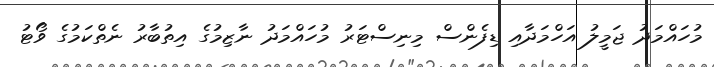
މުހައްމަދު ޖަމީލު އަހްމަދާއި ޑިފެންސް މިނިސްޓަރު މުހައްމަދު ނާޒިމުގެ އިތުބާރު ނެތްކަމުގެ ވޯޓު